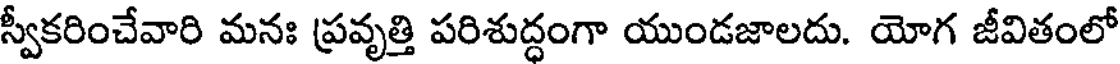
స్వీకరించేవారి మనః ప్రవృత్తి పరిశుద్ధంగా యుండజాలదు. యోగ జీవితంలో